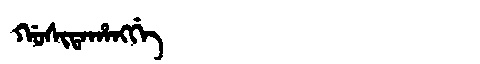
Manchu: ᡤᠣᠰᡳᡨᠠᡥᠠᠩᡤᡝ
Romanization: GOSITAHANGGE